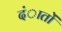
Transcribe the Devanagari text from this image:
दंातों